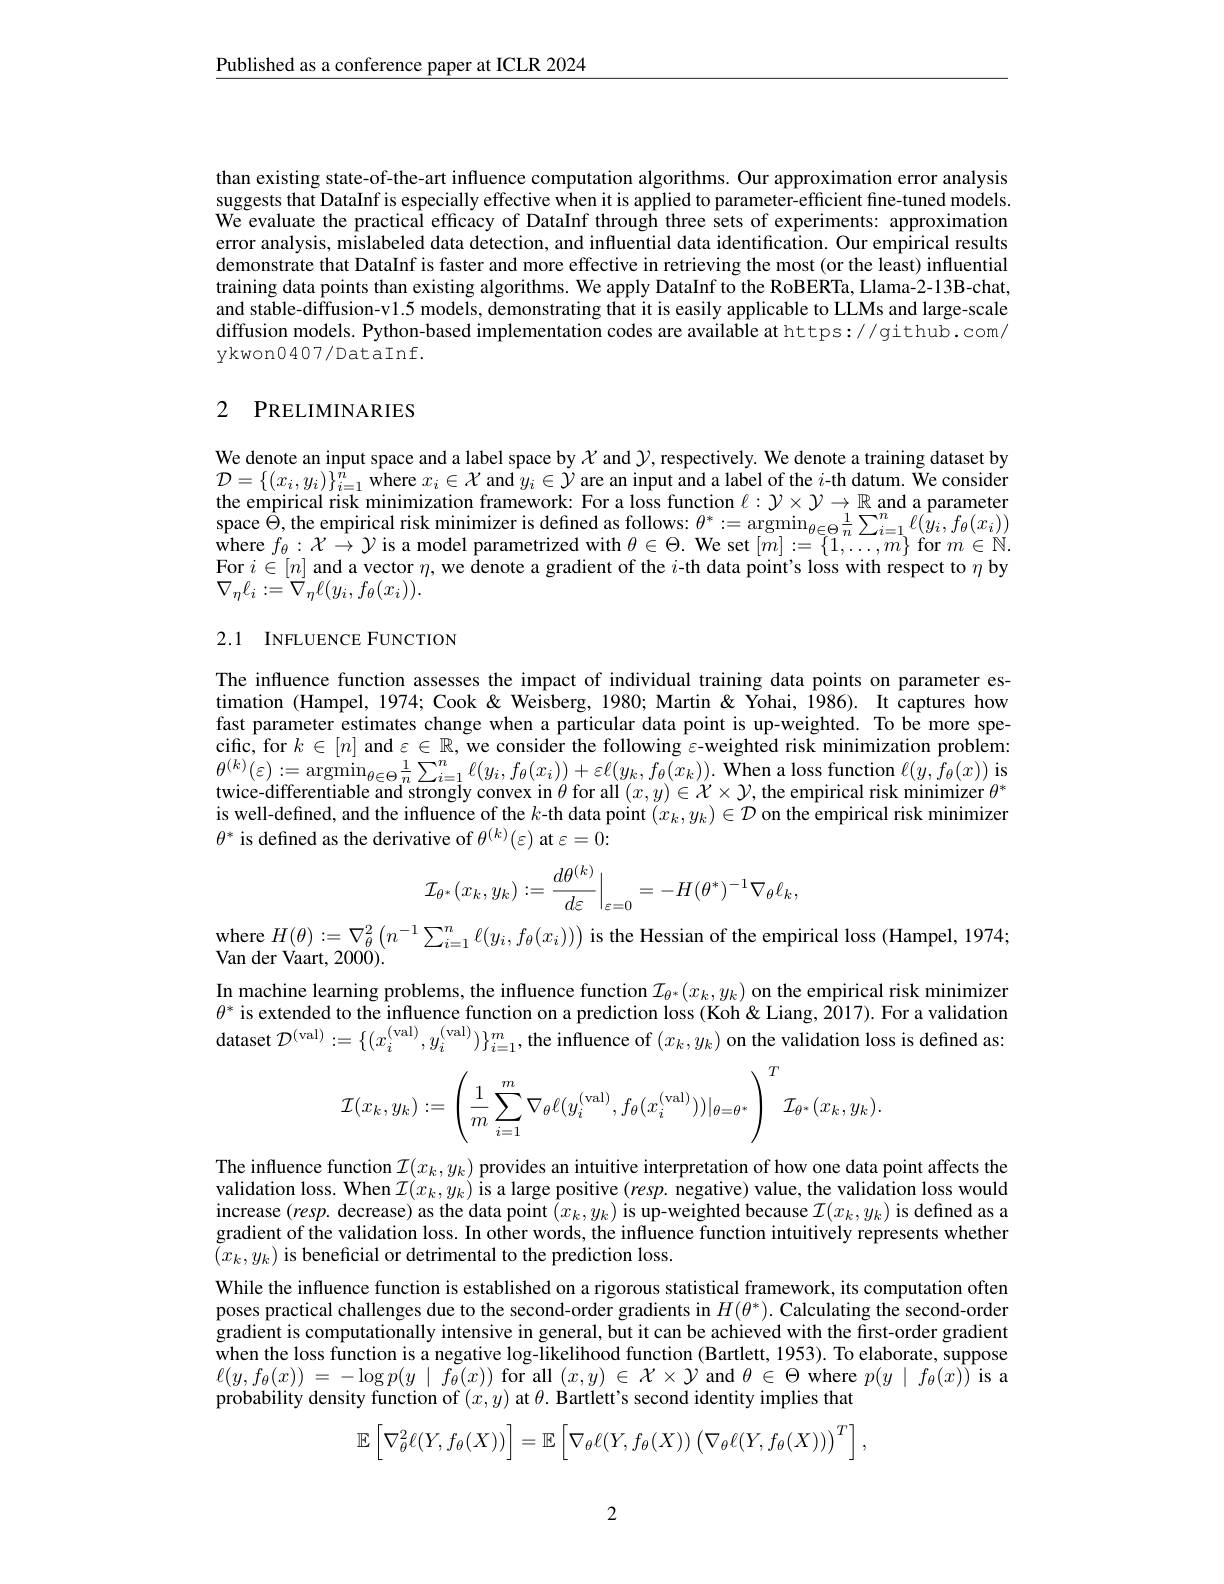
$\underline{\text{Published as a conference paper at ICLR 2024}}$

than existing state-of-the-art influence computation algorithms. Our approximation error analysis suggests that DataInf is especially effective when it is applied to parameter-efficient fine-tuned models. We evaluate the practical efficacy of DataInf through three sets of experiments: approximation error analysis, mislabeled data detection, and influential data identification. Our empirical results demonstrate that DataInf is faster and more effective in retrieving the most(or the least) influential training data points than existing algorithms. We apply DataInf to the RoBERTa, Llama-2-13B-chat, and stable-diffusion-v1.5 models, demonstrating that it is easily applicable to LLMs and large-scale diffusion models. Python-based implementation codes are available at https://github.com/ ykwon0407/DataInf.

## 2 PRELIMINARIES

We denote an input space and a label space by $\chi$ and $\mathcal{Y}$, respectively. We denote a training dataset by $\mathcal{D} = \{ ( x_i, y_i) \} _{i= 1}^{\hat{n} }\hat {\text{where }x_i\in \mathcal{X} }$ and $y_i\in\tilde{\mathcal{Y}}$ are an input and a label of the $i$-th datum. We consider $\begin{array}{l}\text{the empirical risk minimization framework: For a loss function }\ell:\mathcal{Y}\times\mathcal{Y}\to\mathbb{R}\text{ and a parameter}\\\text{space }\Theta,\text{the empirical risk minimizer is defined as follows:}\theta^{*}:=\mathrm{argmin}_{\theta\in\Theta}\frac1n\sum_{i=1}^n\ell(y_i,f_\theta(x_i))\\\mathrm{where~}f_\theta:\mathcal{X}\to\mathcal{Y}\text{ is a model par}\end{array}$ For $i\in[n]$ and a vector $\eta$, we denote a gradient of the $i$-th data point's loss with respect to $\eta$ by $\nabla_{\eta}\ell_{i}:=\stackrel{}{\nabla}_{\eta}\ell(y_{i},f_{\theta}(x_{i})).$

## 2.1 INFLUENCE FUNCTION

The influence function assesses the impact of individual training data points on parameter estimation (Hampel, 1974; Cook & Weisberg, 1980; Martin & Yohai, 1986). It captures how fast parameter estimates change when a particular data point is up-weighted. To be more spe- $\hat{\text{cific, for }k}\in[n]$ and $\varepsilon \in \mathbb{R} , \tilde {\text{we consider the following }\varepsilon }$-weighted risk minimization problem: $\theta^{(k)}(\varepsilon):=\operatorname*{argmin}_{\theta\in\Theta}\frac1n\sum_{i=1}^n\ell(y_i,f_\theta(x_i))+\varepsilon\ell(y_k,f_\theta(x_k)).$ When a loss function $\ell(y,f_\theta(x))$ is twice-differentiable and strongly convex in $\theta$ for all $(x,y)\in\mathcal{X}\times\mathcal{Y}$, the empirical risk minimizer $\theta^*$ is well-defined, and the influence of the $k$-th data point $(x_k,y_k)\in\mathcal{D}$ on the empirical risk minimizer $\theta^{*}$ is defined as the derivative of $\theta^(k)(\varepsilon)$ at $\varepsilon=0{:}$
$$\mathcal{I}_{\theta^*}(x_k,y_k):=\left.\frac{d\theta^{(k)}}{d\varepsilon}\right|_{\varepsilon=0}=-H(\theta^*)^{-1}\nabla_\theta\ell_k,$$
$\begin{array}{l}\mathrm{where~}H(\theta):=\nabla_\theta^2\left(n^{-1}\sum_{i=1}^n\ell(y_i,f_\theta(x_i))\right)\text{ is the Hessian of the empirical loss (Hampel, 1974;}\\\mathrm{Van~der~Vaart,~2000).}\end{array}$ In machine learning problems, the influence function $\mathcal{I}_{\theta^*}(x_k,y_k)$ on the empirical risk minimizer $\theta^*$ is extended to the influence function on a prediction loss (Koh&Liang, 2017). For a validation dataset $\mathcal{D} ^($val$) : = \{ ( x_i^{( \mathrm{val}) }, y_i^{( \mathrm{val}) }) \} _{i= 1}^m, \hat{\text{theinfluenceof}} ( x_k, y_k)$ on the validation loss is defined as:
$$\mathcal{I}(x_k,y_k):=\left(\dfrac{1}{m}\sum_{i=1}^m\nabla_\theta\ell(y_i^{(\text{val})},f_\theta(x_i^{(\text{val})}))|_{\theta=\theta^*}\right)^T\mathcal{I}_{\theta^*}(x_k,y_k).$$
The influence function $\mathcal{I}(x_k,y_k)$ provides an intuitive interpretation of how one data point affects the validation loss. When $\mathcal{I}(x_k,y_k)$ is a large positive $( resp.$ negative) value, the validation loss would increase $( resp.$ decrease) as the data point $( x_k, y_k)$ is up- weighted because$\mathcal{I} ( x_k, y_k)$ is defined as a gradient of the validation loss. In other words, the influence function intuitively represents whether gradient of the validation lo $\tilde{(}x_{k},y_{k})$ is beneficial or detrimental to the prediction loss.
While the influence function is established on a rigorous statistical framework, its computation often poses practical challenges due to the second-order gradients in $H(\theta^*).$ Calculating the second-order gradient is computationally intensive in general, but it can be achieved with the first-order gradient when the loss function is a negative log-likelihood function (Bartlett, 1953). To elaborate, suppose $\ell ( y, f_{\theta }( x) )$ = $- \log p( y\mid \tilde {f_{\theta }( x) })$ $\tilde {\text{for all }( x, y) }\in \mathcal{X} \times \mathcal{Y}$ and $\theta\in\Theta$ where $p(y\mid f_{\theta}(x))$ is a probability density function of $(x,y)$ at $\theta.$ Bartlett's second identity implies that
$$\mathbb{E}\left[\nabla_\theta^2\ell(Y,f_\theta(X))\right]=\mathbb{E}\left[\nabla_\theta\ell(Y,f_\theta(X))\left(\nabla_\theta\ell(Y,f_\theta(X))\right)^T\right],$$
2